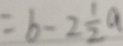
= b - 2 \frac { 1 } { 2 } a